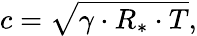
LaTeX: c={\sqrt{\gamma\cdot R_{*}\cdot T}},